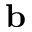
\mathbf { b }